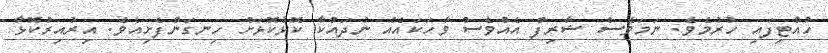
ހުއްޓިފައި ހުރުމެވެ. ނަމަވެސް ޝާރިފް އެއްވެސް ވާހަކައެއް ނުދައްކާ ކޮޅުކޮޅަށް ހިނގަންފެށިއެވެ. އިރުއިރުކޮޅާ